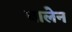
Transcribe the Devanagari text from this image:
बालेन